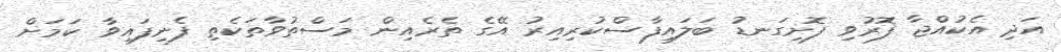
އަދި އެކުއްޖާ ފޮރުވި ފޮށިގަނޑު ބަލައިފާސްކުރިއިރު އޭގެ ތެރެއިން މަސްތުވާތަކެތި ފެނިފައިވާ ކަމަށް